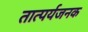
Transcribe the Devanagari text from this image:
तात्पर्यजनक